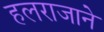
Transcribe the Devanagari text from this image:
हलराजाने